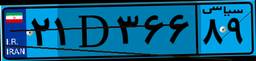
۲۱D۳۶۶۸۹